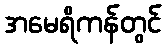
အမေရိကန်တွင်